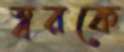
স্বরকে